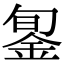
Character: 銞